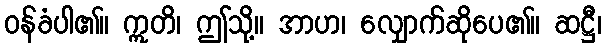
ဝန်ခံပါ၏။ ဣတိ၊ ဤသို့။ အာဟ၊ လျှောက်ဆိုပေ၏။ ဆဋ္ဌီ၊